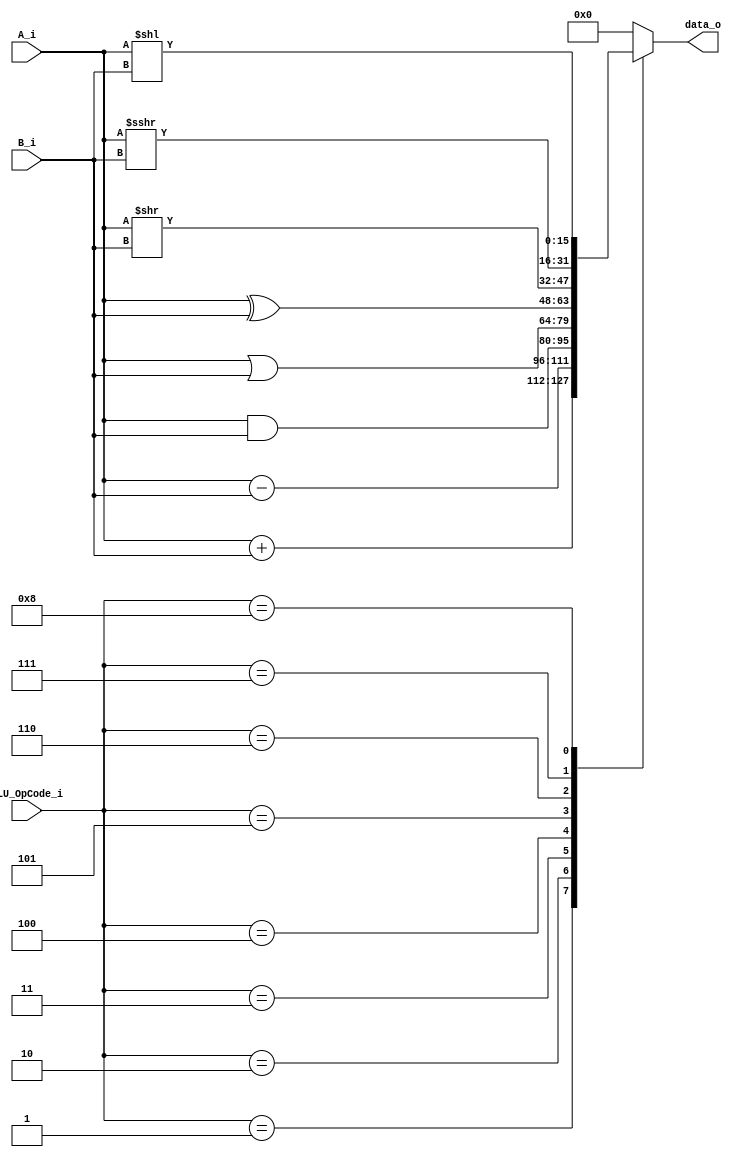
module ALU(A_i, B_i, data_o, ALU_OpCode_i);
	input [15:0] A_i, B_i;
	input [3:0] ALU_OpCode_i;
	output [15:0] data_o;
	
	wire [15:0] A_i, B_i;
	wire [3:0] ALU_OpCode_i;
	reg [15:0] data_o;
	
	always @ (ALU_OpCode_i, A_i, B_i) begin
		case (ALU_OpCode_i)
			4'b0001: data_o = A_i + B_i;
			4'b0010: data_o = A_i - B_i;
			4'b0011: data_o = A_i & B_i;
			4'b0100: data_o = A_i | B_i;
			4'b0101: data_o = A_i ^ B_i;
			4'b0110: data_o = A_i >> B_i;
			4'b0111: data_o = A_i >>> B_i;
			4'b1000: data_o = A_i << B_i;
			default: data_o = 15'd0;
		endcase
	end
endmodule